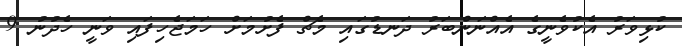
ކުޅިވަރު އެކުވެނީގެ އެއްނަންބަރު ދަނޑުގައި މެޗް ފެށުމަށް ހަމަޖެހިފައި ވަނީ ހެދުނު 9